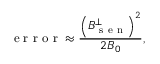
\mathrm { ~ e ~ r ~ r ~ o ~ r ~ } \approx \frac { \left( B _ { \mathrm { ~ s ~ e ~ n ~ } } ^ { \perp } \right) ^ { 2 } } { 2 B _ { 0 } } ,